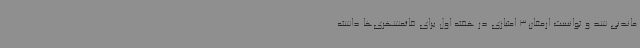
ماندنی شد و توانست ارمغان3 امتیازی در هفته اول برای قائمشهری‌ها داشته